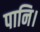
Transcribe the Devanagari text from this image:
पानि।